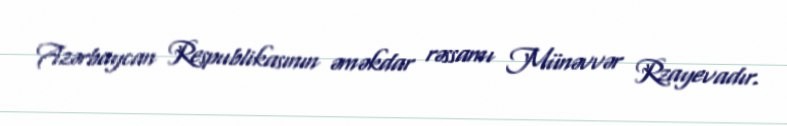
Azərbaycan Respublikasının əməkdar rəssamı Münəvvər Rzayevadır.